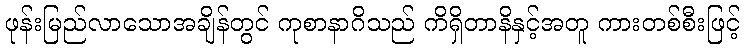
ဖုန်းမြည်လာသောအချိန်တွင် ကုစာနာဂိသည် ကိရှိတာနိနှင့်အတူ ကားတစ်စီးဖြင့်